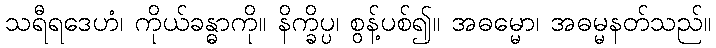
သရီရဒေဟံ၊ ကိုယ်ခန္ဓာကို။ နိက္ခိပ္ပ၊ စွန့်ပစ်၍။ အဓမ္မော၊ အဓမ္မနတ်သည်။